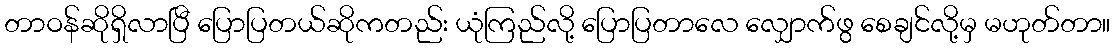
တာဝန်ဆိုရှိလာပြီ ပြောပြတယ်ဆိုကတည်း ယုံကြည်လို့ ပြောပြတာလေ လျှောက်ဖွ စေချင်လို့မှ မဟုတ်တာ။